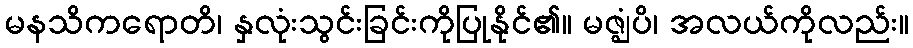
မနသိကရောတိ၊ နှလုံးသွင်းခြင်းကိုပြုနိုင်၏။ မဇ္ဈံပိ၊ အလယ်ကိုလည်း။